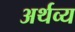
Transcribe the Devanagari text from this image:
अर्थव्य